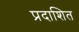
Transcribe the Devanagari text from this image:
प्रदाशित